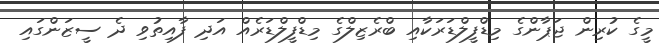
މީގެ ކުރިން ޖަޕާންގެ މިޑްފީލްޑަރަކާއި ބްރެޒިލްގެ މިޑްފީލްޑަރެއް އަދި ފާއިތުވި ދެ ސީޒަންގައި